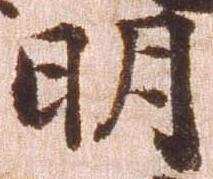
明